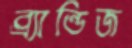
ব্র্যান্ডিজ